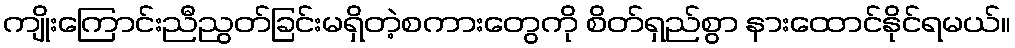
ကျိုးကြောင်းညီညွတ်ခြင်းမရှိတဲ့စကားတွေကို စိတ်ရှည်စွာ နားထောင်နိုင်ရမယ်။